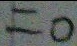
= 0